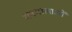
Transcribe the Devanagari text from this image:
वनमालाओं